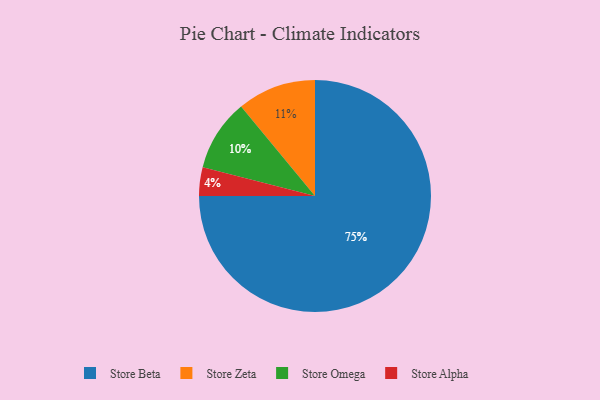
{"axis": {"x": "Category", "y": "Percentage"}, "legend": ["Store Alpha", "Store Beta", "Store Omega", "Store Zeta"], "data": [{"x": "Store Zeta", "y": 11, "type": "Store Zeta"}, {"x": "Store Alpha", "y": 4, "type": "Store Alpha"}, {"x": "Store Beta", "y": 75, "type": "Store Beta"}, {"x": "Store Omega", "y": 10, "type": "Store Omega"}]}